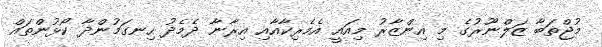
މުޖްތަބާ ޒަލްނޫރުގެ މި އިންޒާރު މިއައީ އެމެރިކާއާއި އިރާނާ ދެމެދު ހިނގަމުންދާ ކޯޅުންތައް